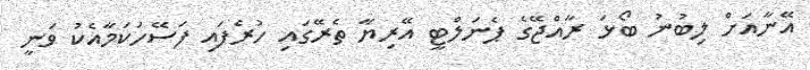
އޭނާއަށް ލިބުނު ބޯޅަ ރާއްޖޭގެ ޕެނަލްޓީ އޭރިޔާ ތެރޭގައި ހުރެފައި ފަސޭހަކަމާއެކު ވަނީ